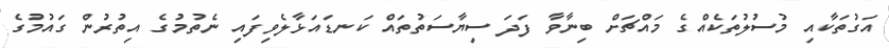
އަގުތަކާއި މުސުލުތަކެއްގެ މައްޗަށް ބިނާވާ ފަދަ ސިޔާސަތުތައް ކަނޑައަޅާލެވިފައި ނެތުމުގެ އިތުރުން ގައުމުގެ